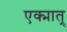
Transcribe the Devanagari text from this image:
एक्मात्र्